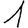
Digit: 1